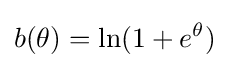
b(\theta )=\ln(1+e^{\theta })